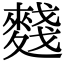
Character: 䴼